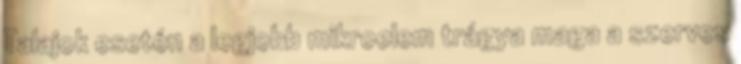
Talajok esetén a legjobb mikroelem trágya maga a szerves